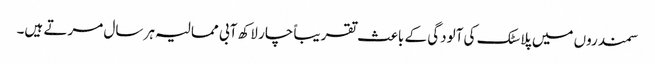
سمندروں میں پلاسٹک کی آلودگی کے باعث تقریباً چار لاکھ آبی ممالیہ ہر سال مرتے ہیں۔